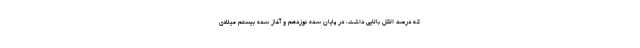
که درصد الکل بالایی داشت، در پایان سده نوزدهم و آغاز سده بیستم میلادی